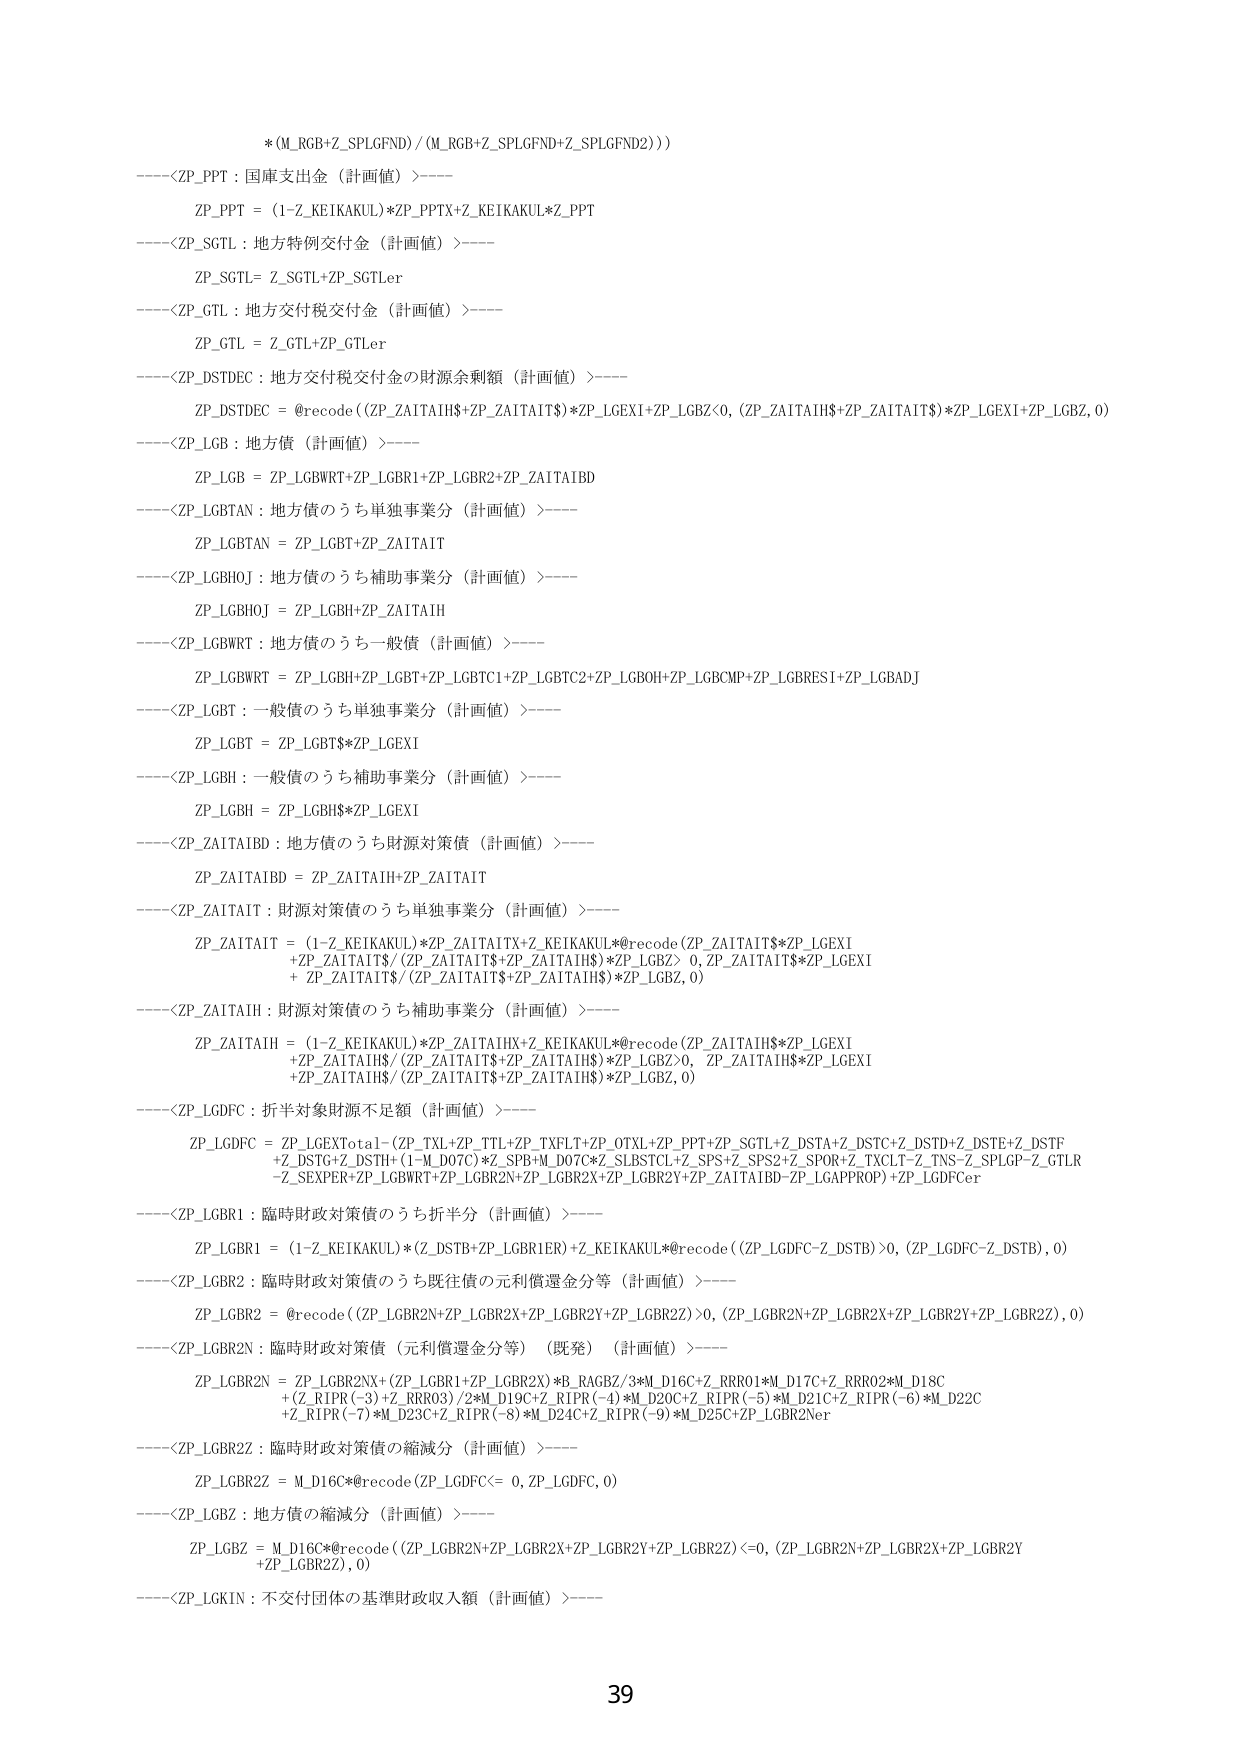
*(M_RGB+Z_SPLGFND)/(M_RGB+Z_SPLGFND+Z_SPLGFND2)))

----<ZP_PPT：国庫支出金（計画値）>----
ZP_PPT = (1-Z_KEIKAKUL)*ZP_PPTX+Z_KEIKAKUL*Z_PPT

----<ZP_SGTL：地方特例交付金（計画値）>----
ZP_SGTL= Z_SGTL+ZP_SGTLer

----<ZP_GTL：地方交付税交付金（計画値）>----
ZP_GTL = Z_GTL+ZP_GTLer

----<ZP_DSTDEC：地方交付税交付金の財源余剰額（計画値）>----
ZP_DSTDEC = @recode((ZP_ZAITAIHS+ZP_ZAITAIT$)*ZP_LGEXI+ZP_LGBZ<0, (ZP_ZAITAIHS+ZP_ZAITAIT$)*ZP_LGEXI+ZP_LGBZ, 0)

----<ZP_LGB：地方債（計画値）>----
ZP_LGB = ZP_LGBWRT+ZP_LGBRI+ZP_LGBR2+ZP_ZAITAIBD

----<ZP_LGBTAN：地方債のうち単独事業分（計画値）>----
ZP_LGBTAN = ZP_LGBT+ZP_ZAITAIT

----<ZP_LGBHOJ：地方債のうち補助事業分（計画値）>----
ZP_LGBHOJ = ZP_LGBH+ZP_ZAITAIH

----<ZP_LGBWRT：地方債のうち一般債（計画値）>----
ZP_LGBWRT = ZP_LGBH+ZP_LGBT+ZP_LGBTC1+ZP_LGBTC2+ZP_LGBOH+ZP_LGBCMP+ZP_LGBRESI+ZP_LGBADJ

----<ZP_LGBT：一般債のうち単独事業分（計画値）>----
ZP_LGBT = ZP_LGBT$*ZP_LGEXI

----<ZP_LGBH：一般債のうち補助事業分（計画値）>----
ZP_LGBH = ZP_LGBH$*ZP_LGEXI

----<ZP_ZAITAIBD：地方債のうち財源対策債（計画値）>----
ZP_ZAITAIBD = ZP_ZAITAIH+ZP_ZAITAIT

----<ZP_ZAITAIT：財源対策債のうち単独事業分（計画値）>----
ZP_ZAITAIT = (1-Z_KEIKAKUL)*ZP_ZAITAITX+Z_KEIKAKUL*@recode(ZP_ZAITAIT$*ZP_LGEXI
+ZP_ZAITAIT$/(ZP_ZAITAIT$+ZP_ZAITAIH$)*ZP_LGBZ>0, ZP_ZAITAIT$*ZP_LGEXI
+ZP_ZAITAIT$/(ZP_ZAITAIT$+ZP_ZAITAIH$)*ZP_LGBZ, 0)

----<ZP_ZAITAIH：財源対策債のうち補助事業分（計画値）>----
ZP_ZAITAIH = (1-Z_KEIKAKUL)*ZP_ZAITAIHX+Z_KEIKAKUL*@recode(ZP_ZAITAIH$*ZP_LGEXI
+ZP_ZAITAIH$/(ZP_ZAITAIT$+ZP_ZAITAIH$)*ZP_LGBZ>0, ZP_ZAITAIH$*ZP_LGEXI
+ZP_ZAITAIH$/(ZP_ZAITAIT$+ZP_ZAITAIH$)*ZP_LGBZ, 0)

----<ZP_LGDFC：折半対象財源不足額（計画値）>----
ZP_LGDFC = ZP_LGEXTotal-(ZP_TXL+ZP_TTL+ZP_TXFLT+ZP_OTXL+ZP_PPT+ZP_SGTL+Z_DSTA+Z_DSTC+Z_DSTD+Z_DSTE+Z_DSTF
+Z_DSTG+Z_DSTH)-(1-M_D07C)*Z_SPB+M_D07C*Z_SLBSTCL+Z_SPS+Z_SPS2+Z_SPOR+Z_TXCLT-Z_TNS-Z_SPLGP-Z_GTLR
-Z_SEXPER+ZP_LGBWRT+ZP_LGBR2N+ZP_LGBR2X+ZP_LGBR2Y+ZP_ZAITAIBD-ZP_LGAPPROP)+ZP_LGDFCer

----<ZP_LGBR1：臨時財政対策債のうち折半分（計画値）>----
ZP_LGBR1 = (1-Z_KEIKAKUL)*(Z_DSTB+ZP_LGBR1ER)+Z_KEIKAKUL*@recode((ZP_LGDFC-Z_DSTB)>0, (ZP_LGDFC-Z_DSTB), 0)

----<ZP_LGBR2：臨時財政対策債のうち既往債の元利償還金分等（計画値）>----
ZP_LGBR2 = @recode((ZP_LGBR2N+ZP_LGBR2X+ZP_LGBR2Y+ZP_LGBR2Z)>0, (ZP_LGBR2N+ZP_LGBR2X+ZP_LGBR2Y+ZP_LGBR2Z), 0)

----<ZP_LGBR2N：臨時財政対策債（元利償還金分等）（既発）（計画値）>----
ZP_LGBR2N = ZP_LGBR2NX+(ZP_LGBR1+ZP_LGBR2X)*B_RAGBZ/3*M_D16C+Z_RRR01*M_D17C+Z_RRR02*M_D18C
+(Z_RIPR(-3)+Z_RRR03)/2*M_D19C+Z_RIPR(-4)*M_D20C+Z_RIPR(-5)*M_D21C+Z_RIPR(-6)*M_D22C
+Z_RIPR(-7)*M_D23C+Z_RIPR(-8)*M_D24C+Z_RIPR(-9)*M_D25C+ZP_LGBR2Ner

----<ZP_LGBR2Z：臨時財政対策債の縮減分（計画値）>----
ZP_LGBR2Z = M_D16C*@recode(ZP_LGDFC(= 0, ZP_LGDFC, 0)

----<ZP_LGBZ：地方債の縮減分（計画値）>----
ZP_LGBZ = M_D16C*@recode((ZP_LGBR2N+ZP_LGBR2X+ZP_LGBR2Y+ZP_LGBR2Z)<=0, (ZP_LGBR2N+ZP_LGBR2X+ZP_LGBR2Y
+ZP_LGBR2Z), 0)

----<ZP_LGKIN：不交付団体の基準財政収入額（計画値）>----

39